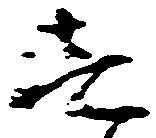
壱